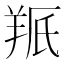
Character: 𫅕